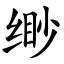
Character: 缈